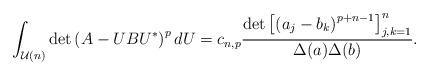
LaTeX: \begin{align*} \int_{\mathcal U(n)} \det \left(A-UBU^*\right)^{p} dU= c_{n,p} \frac{\det \left[\left( a_j - b_k\right)^{p+n-1} \right]_{j,k=1}^n}{\Delta(a) \Delta(b)}.\end{align*}